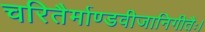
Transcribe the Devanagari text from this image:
चरितैर्माण्डवीजानिगीतैः।